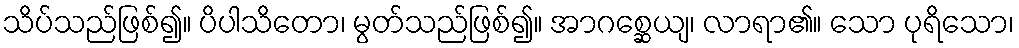
သိပ်သည်ဖြစ်၍။ ပိပါသိတော၊ မွတ်သည်ဖြစ်၍။ အာဂစ္ဆေယျ၊ လာရာ၏။ သော ပုရိသော၊